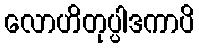
လောဟိတုပ္ပါဒကာပိ